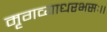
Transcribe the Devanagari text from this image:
मृगव्याधरभसः।।